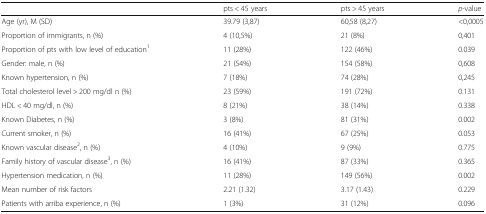
<table><thead><tr><td></td><td><b>pts &lt; 45 years</b></td><td><b>pts &gt; 45 years</b></td><td><b><i>p</i>-value</b></td></tr></thead><tbody><tr><td>Age (yr), M (SD)</td><td>39.79 (3,87)</td><td>60,58 (8,27)</td><td>&lt;0,0005</td></tr><tr><td>Proportion of immigrants, n (%)</td><td>4 (10,5%)</td><td>21 (8%)</td><td>0,401</td></tr><tr><td>Proportion of pts with low level of education<sup>1</sup></td><td>11 (28%)</td><td>122 (46%)</td><td>0.039</td></tr><tr><td>Gender: male, n (%)</td><td>21 (54%)</td><td>154 (58%)</td><td>0,608</td></tr><tr><td>Known hypertension, n (%)</td><td>7 (18%)</td><td>74 (28%)</td><td>0,245</td></tr><tr><td>Total cholesterol level &gt; 200 mg/dl n (%)</td><td>23 (59%)</td><td>191 (72%)</td><td>0.131</td></tr><tr><td>HDL &lt; 40 mg/dl, n (%)</td><td>8 (21%)</td><td>38 (14%)</td><td>0.338</td></tr><tr><td>Known Diabetes, n (%)</td><td>3 (8%)</td><td>81 (31%)</td><td>0.002</td></tr><tr><td>Current smoker, n (%)</td><td>16 (41%)</td><td>67 (25%)</td><td>0.053</td></tr><tr><td>Known vascular disease<sup>2</sup>, n (%)</td><td>4 (10%)</td><td>9 (9%)</td><td>0.775</td></tr><tr><td>Family history of vascular disease<sup>3</sup>, n (%)</td><td>16 (41%)</td><td>87 (33%)</td><td>0.365</td></tr><tr><td>Hypertension medication, n (%)</td><td>11 (28%)</td><td>149 (56%)</td><td>0.002</td></tr><tr><td>Mean number of risk factors</td><td>2.21 (1.32)</td><td>3.17 (1.43)</td><td>0.229</td></tr><tr><td>Patients with arriba experience, n (%)</td><td>1 (3%)</td><td>31 (12%)</td><td>0.096</td></tr></tbody></table>